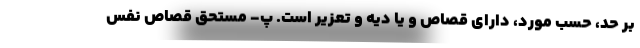
بر حد، حسب مورد، دارای قصاص و یا دیه و تعزیر است. پ- مستحق قصاص نفس